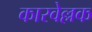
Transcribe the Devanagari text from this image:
कारवेल्लक